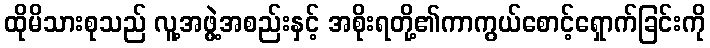
ထိုမိသားစုသည် လူ့အဖွဲ့အစည်းနှင့် အစိုးရတို့၏ကာကွယ်စောင့်ရှောက်ခြင်းကို